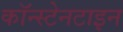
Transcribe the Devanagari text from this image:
कॉन्स्टेनटाइन